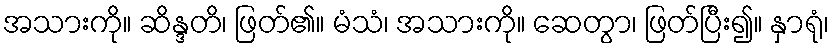
အသားကို။ ဆိန္ဒတိ၊ ဖြတ်၏။ မံသံ၊ အသားကို။ ဆေတွာ၊ ဖြတ်ပြီး၍။ နှာရုံ၊